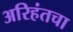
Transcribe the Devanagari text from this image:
अरिहंतचा